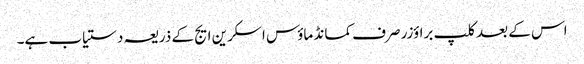
اس کے بعد کلپ براؤزر صرف کمانڈ ماؤس اسکرین ایج کے ذریعہ دستیاب ہے۔